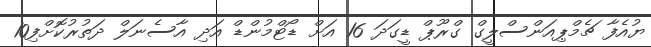
ޔުއެފާ ޗެމްޕިއަންސްލީގް ގްރޫޕް ޑީގަދަ 16 އަށް ޑޯޓްމުންޑް އަދި އާސެނަލް ދަތުރުކޮށްފި10